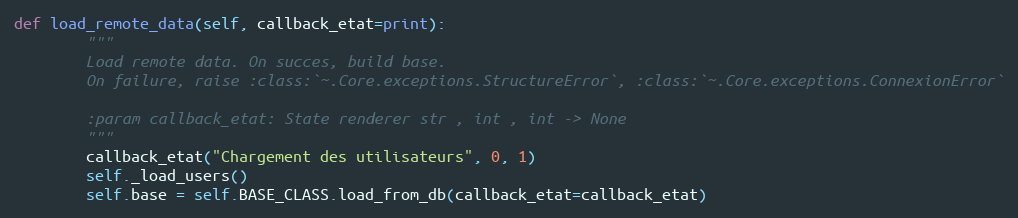
Language: Python
def load_remote_data(self, callback_etat=print):
        """
        Load remote data. On succes, build base.
        On failure, raise :class:`~.Core.exceptions.StructureError`, :class:`~.Core.exceptions.ConnexionError`

        :param callback_etat: State renderer str , int , int -> None
        """
        callback_etat("Chargement des utilisateurs", 0, 1)
        self._load_users()
        self.base = self.BASE_CLASS.load_from_db(callback_etat=callback_etat)